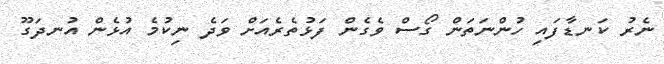
ނެރު ކަނޑާފައި ހުންނަތަން ގޯސް ވެގެން ފަޅުތެރެއަށް ވަދެ ނިކުމެ އުޅެން އުނދަގޫ